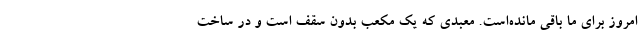
امروز برای ما باقی مانده‌است. معبدی که یک مکعب بدون سقف است و در ساخت